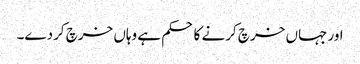
اور جہاں خرچ کرنے کا حکم ہے وہاں خرچ کردے۔